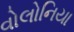
વોલોનિયા